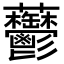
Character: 䖇